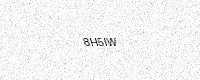
Text: 8H5IW